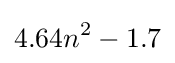
4.64n^{2}-1.7